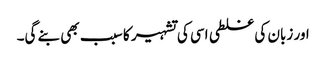
اور زبان کی غلطی اسی کی تشہیر کا سبب بھی بنے گی۔